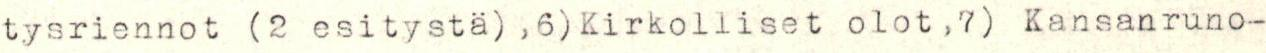
tysriennot (2 esitystä) ,6)Kirkolliset olot,7) Kansanruno-